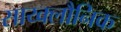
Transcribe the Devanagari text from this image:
साय्क्लौनिक